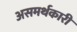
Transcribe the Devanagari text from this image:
असमर्थकारी